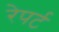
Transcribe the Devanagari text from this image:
रेपर्ट